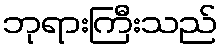
ဘုရားကြီးသည်